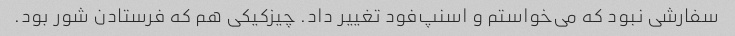
سفارشی نبود که می‌خواستم و اسنپ‌فود تغییر داد. چیزکیکی هم که فرستادن شور بود.